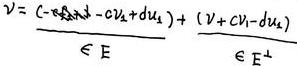
\[
v = \underbrace{(-v_{f_{\mathcal{B}}^-} - \delta v_{\mathcal{B}} + \delta v_{\mathcal{A}})}_{\in E} + \underbrace{(v + v_{\mathcal{B}} - \delta v_{\mathcal{A}})}_{\in E^+}
\]